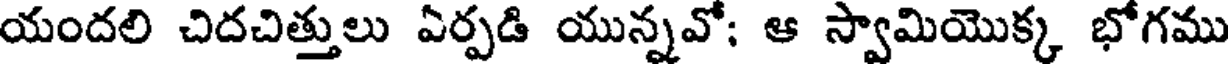
యందలి చిదచిత్తులు ఏర్పడి యున్నవో; ఆ స్వామియొక్క భోగము